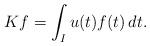
LaTeX: \begin{align*} K f = \int_I u(t) f(t) \, dt.\end{align*}